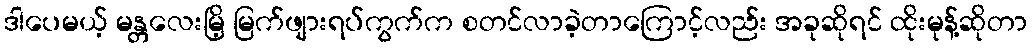
ဒါပေမယ့် မန္တလေးမြိ့ မြက်ဖျားရပ်ကွက်က စတင်လာခဲ့တာကြောင့်လည်း အခုဆိုရင် ထိုးမုန့်ဆိုတာ